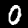
Label: 0